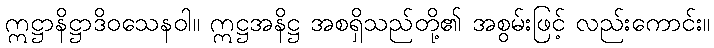
ဣဋ္ဌာနိဋ္ဌာဒိဝသေနဝါ။ ဣဋ္ဌအနိဋ္ဌ အစရှိသည်တို့၏ အစွမ်းဖြင့် လည်းကောင်း။